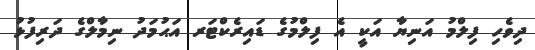
ދިވެހި ފިލްމު އަނިޔާ އަކީ އެ ފިލްމުގެ ޑައިރެކްޓަރ އަޙުމަދު ނިމާލްގެ ދަރިފުޅު